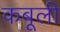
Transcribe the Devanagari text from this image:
कबूली